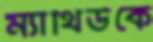
ম্যাথিউকে